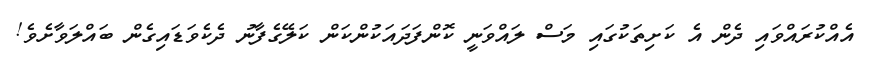
އެއްކުރައްވައި ދެން އެ ކަށިތަކުގައި މަސް ލައްވަނީ ކޮންފަދައަކުންކަން ކަލޭގެފާނު ދެކެވަޑައިގެން ބައްލަވާށެވެ!